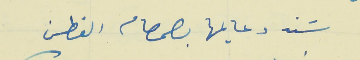
سَند دعايمها بصمام الفطن